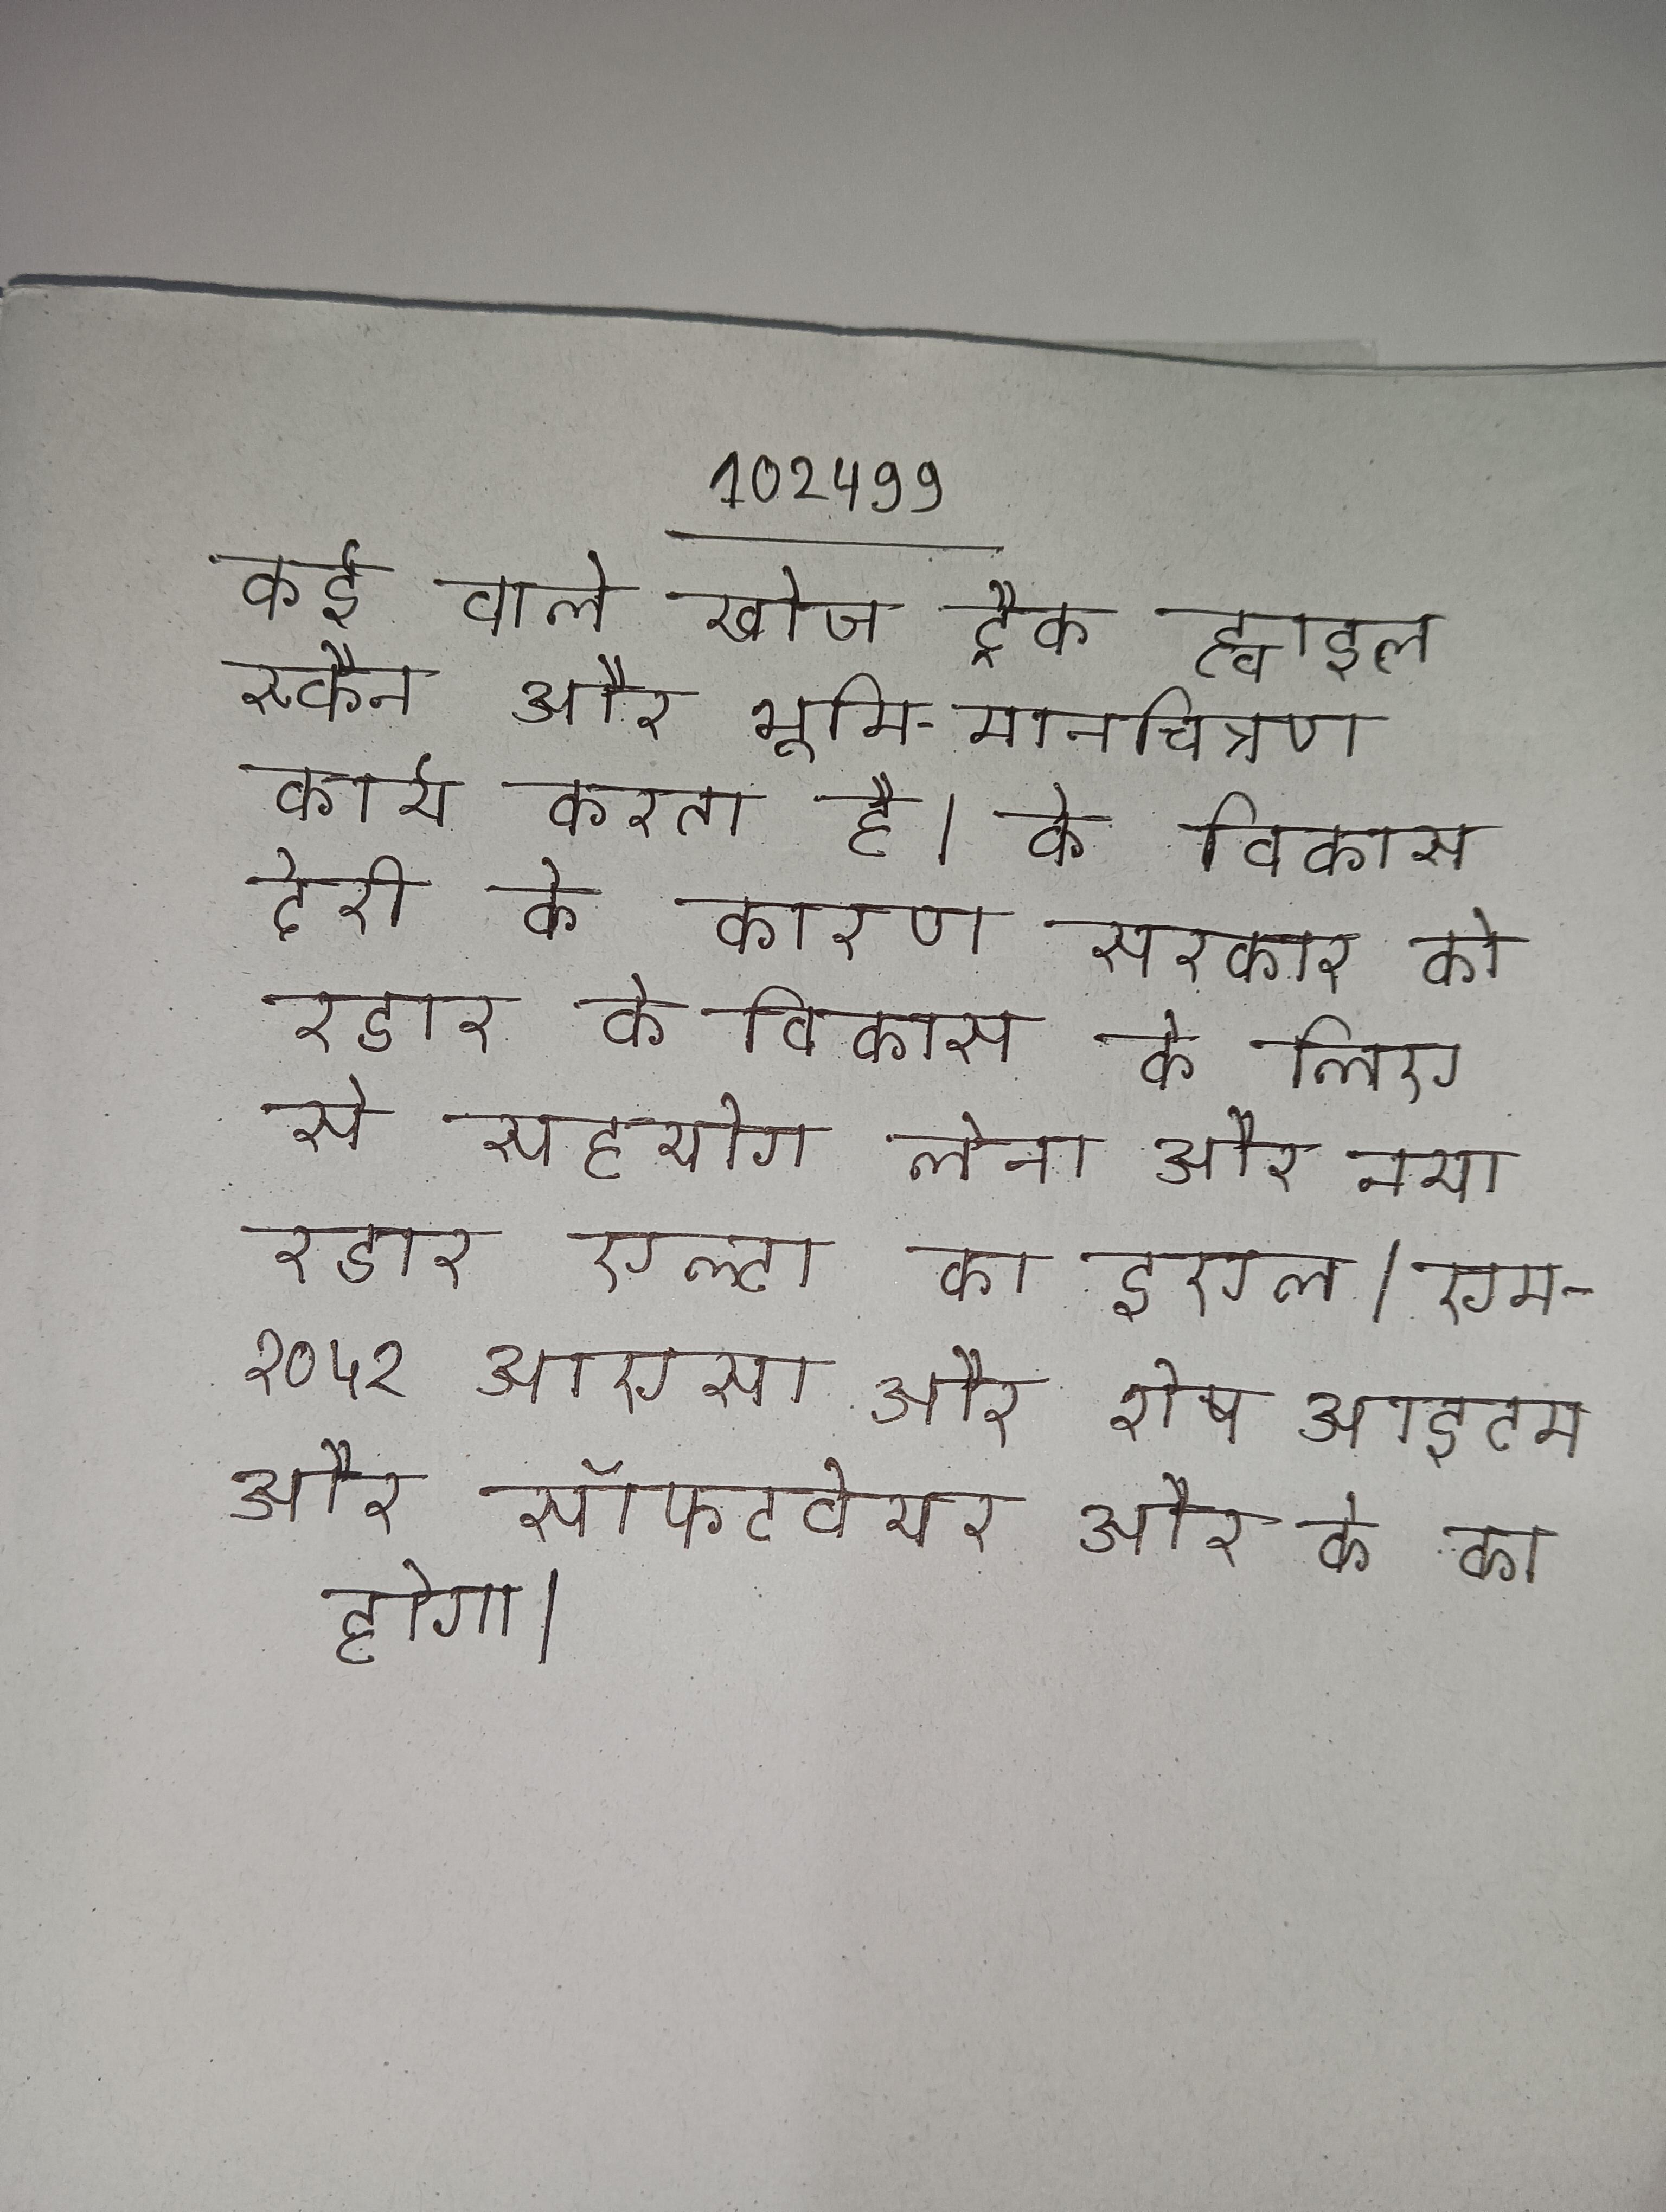
कई वाले खोज, ट्रैक ह्वाइल स्कैन और भूमि-मानचित्रण कार्य करता है । के विकास देरी के कारण सरकार को रडार के विकास के लिए से सहयोग लेना और नया रडार एल्टा का इएल/एम-२०५२ आएसा और शेष आइटम और सॉफ्टवेयर और के का होगा ।